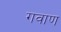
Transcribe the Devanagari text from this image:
गवाण